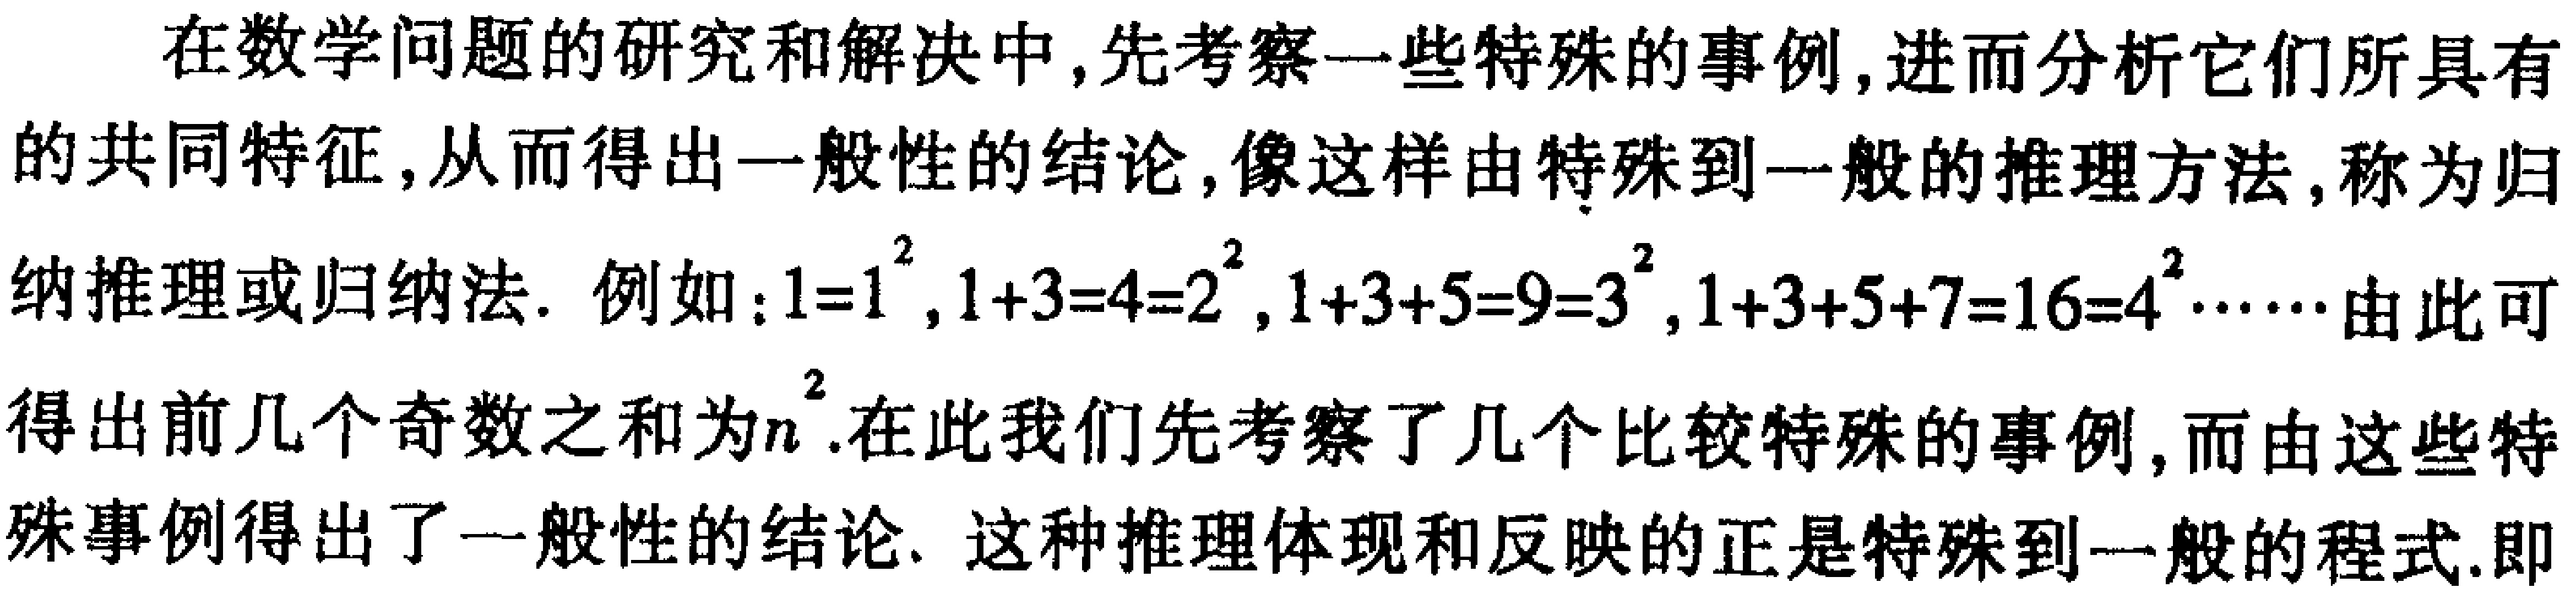
在数学问题的研究和解决中,先考察一些特殊的事例,进而分析它们所具有的共同特征,从而得出一般性的结论,像这样由特殊到一般的推理方法,称为归纳推理或归纳法. 例如：\(1 = 1^{2},1 + 3 = 4 = 2^{2},1 + 3 + 5 = 9 = 3^{2},1 + 3 + 5 + 7 = 16 = 4^{2}\cdots\cdots\)由此可得出前几个奇数之和为\(n^{2}\).在此我们先考察了几个比较特殊的事例,而由这些特殊事例得出了一般性的结论. 这种推理体现和反映的正是特殊到一般的程式.即